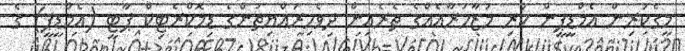
މީގެކުރިން އެމްޑީޕީން ކުރި މުޒާހަރާއެއްގެ ތެރެއިން ދިވެހިރައްޔިތުންގެ ޑިމޮކްރެޓިކް ޕާޓީ (އެމްޑީޕީ) ގެ